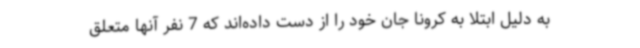
به دلیل ابتلا به کرونا جان خود را از دست داده‌اند که 7 نفر آنها متعلق